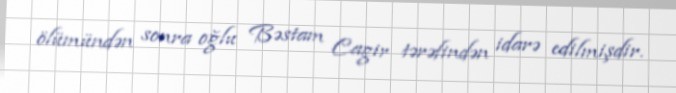
ölümündən sonra oğlu Bəstam Cagir tərəfindən idarə edilmişdir.